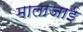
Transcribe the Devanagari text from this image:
मालाजाई